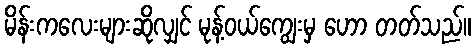
မိန်းကလေးများဆိုလျှင် မုန့်ဝယ်ကျွေးမှ ဟော တတ်သည်။